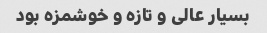
بسیار عالی و تازه و خوشمزه بود